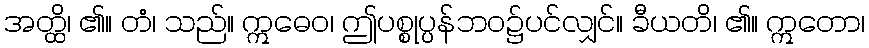
အတ္ထိ၊ ၏။ တံ၊ သည်။ ဣဓေဝ၊ ဤပစ္စုပ္ပန်ဘဝ၌ပင်လျှင်။ ခီယတိ၊ ၏။ ဣတော၊